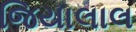
જિયાલાલ